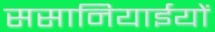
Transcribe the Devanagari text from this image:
ससानियाईयों